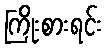
ကြိုးစားရင်း